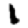
Digit: 1